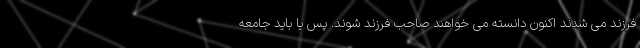
فرزند می شدند اکنون دانسته می خواهند صاحب فرزند شوند. پس یا باید جامعه